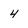
Character: 4